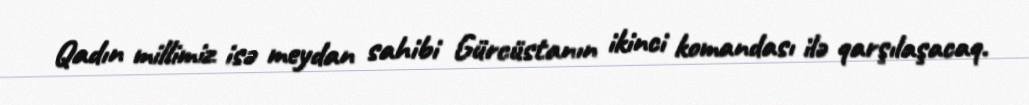
Qadın millimiz isə meydan sahibi Gürcüstanın ikinci komandası ilə qarşılaşacaq.